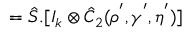
= \hat { S } . [ I _ { k } \otimes \hat { C } _ { 2 } ( \rho ^ { ' } , \gamma ^ { ' } , \eta ^ { ' } ) ]